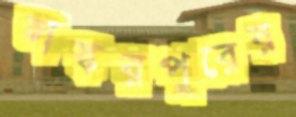
লস্করপুরের